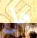
هل